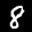
Label: 8